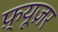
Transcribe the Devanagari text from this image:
फ़्यूज़र